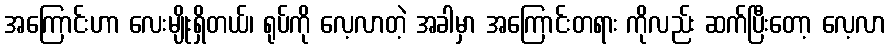
အကြောင်းဟာ လေးမျိုးရှိတယ်၊ ရုပ်ကို လေ့လာတဲ့ အခါမှာ အကြောင်းတရား ကိုလည်း ဆက်ပြီးတော့ လေ့လာ